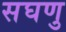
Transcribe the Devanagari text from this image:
सघणु